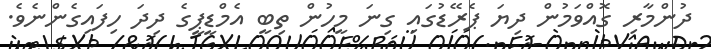
ދުންމާރި ގޮއްވަމުން ދިޔަ ޕެރޭޑުގައި ގިނަ މީހުން ތިބީ އެމްޑީޕީގެ ދިދަ ހިފައިގެންނެވެ.